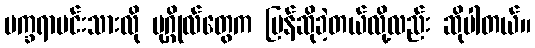
မက္ခရာမင်းသားလို ပုဂ္ဂိုလ်တွေက ပြန်ဆိုခဲ့တယ်လို့လည်း ဆိုပါတယ်။